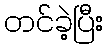
တင်ခဲ့ပြီး